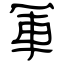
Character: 軍